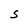
Character: S